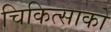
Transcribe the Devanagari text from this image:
चिकित्‍साको